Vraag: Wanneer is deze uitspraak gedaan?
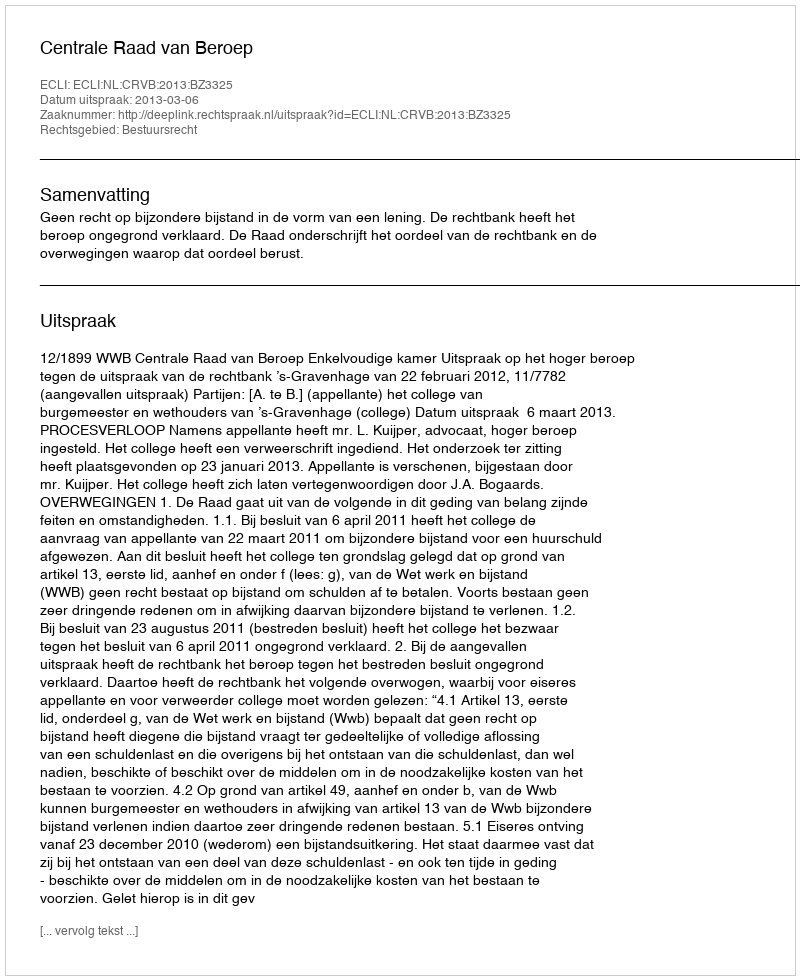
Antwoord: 2013-03-06